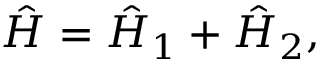
\begin{array} { r } { \hat { H } = \hat { H } _ { 1 } + \hat { H } _ { 2 } , } \end{array}